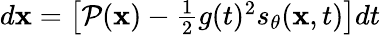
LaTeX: \begin{array}{r}{d\mathbf{x}=\left[\mathcal{P}(\mathbf{x})-\frac{1}{2}g(t)^{2}s_{\theta}(\mathbf{x},t)\right]dt}\end{array}